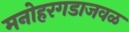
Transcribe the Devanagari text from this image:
मनोहरगडाजवळ